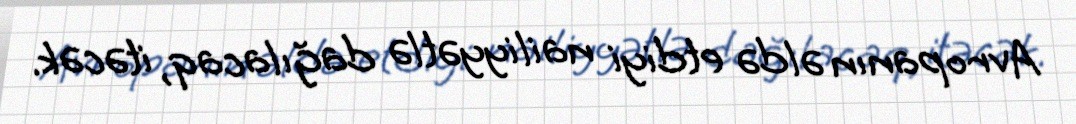
Avropanın əldə etdiyi nailiyyətlə dağılacaq, itəcək.